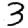
Digit: 3